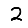
Digit: 2